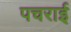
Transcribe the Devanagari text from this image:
पचराई